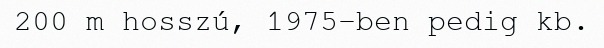
200 m hosszú, 1975-ben pedig kb.